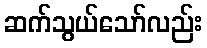
ဆက်သွယ်သော်လည်း